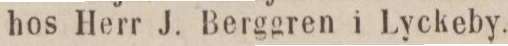
hos Herr J. Berggren i Lyckeby.